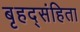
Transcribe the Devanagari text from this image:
बृहद्संहिता